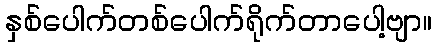
နှစ်ပေါက်တစ်ပေါက်ရိုက်တာပေါ့ဗျာ။